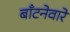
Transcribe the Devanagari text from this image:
बाँटनेवारे